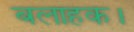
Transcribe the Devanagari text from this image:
बलाहक।